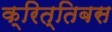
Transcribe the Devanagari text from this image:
क्रित्तिबस